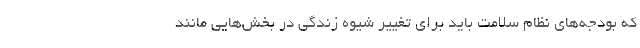
که بودجه‌‌های نظام سلامت باید برای تغییر شیوه زندگی در بخش‌‌هایی مانند